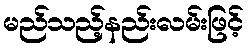
မည်သည့်နည်းလမ်းဖြင့်